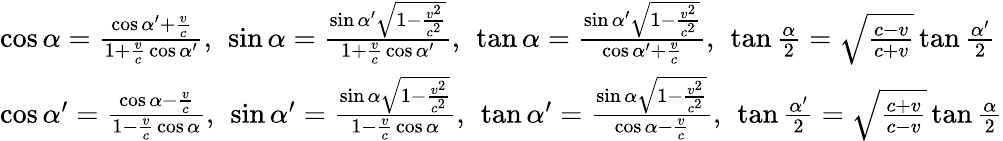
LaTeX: \begin{array}{l}{\cos\alpha={\frac{\cos\alpha^{\prime}+{\frac{v}{c}}}{1+{\frac{v}{c}}\cos\alpha^{\prime}}},\ \sin\alpha={\frac{\sin\alpha^{\prime}{\sqrt{1-{\frac{v^{2}}{c^{2}}}}}}{1+{\frac{v}{c}}\cos\alpha^{\prime}}},\ \tan\alpha={\frac{\sin\alpha^{\prime}{\sqrt{1-{\frac{v^{2}}{c^{2}}}}}}{\cos\alpha^{\prime}+{\frac{v}{c}}}},\ \tan{\frac{\alpha}{2}}={\sqrt{\frac{c-v}{c+v}}}\tan{\frac{\alpha^{\prime}}{2}}}\\ {\cos\alpha^{\prime}={\frac{\cos\alpha-{\frac{v}{c}}}{1-{\frac{v}{c}}\cos\alpha}},\ \sin\alpha^{\prime}={\frac{\sin\alpha{\sqrt{1-{\frac{v^{2}}{c^{2}}}}}}{1-{\frac{v}{c}}\cos\alpha}},\ \tan\alpha^{\prime}={\frac{\sin\alpha{\sqrt{1-{\frac{v^{2}}{c^{2}}}}}}{\cos\alpha-{\frac{v}{c}}}},\ \tan{\frac{\alpha^{\prime}}{2}}={\sqrt{\frac{c+v}{c-v}}}\tan{\frac{\alpha}{2}}}\end{array}